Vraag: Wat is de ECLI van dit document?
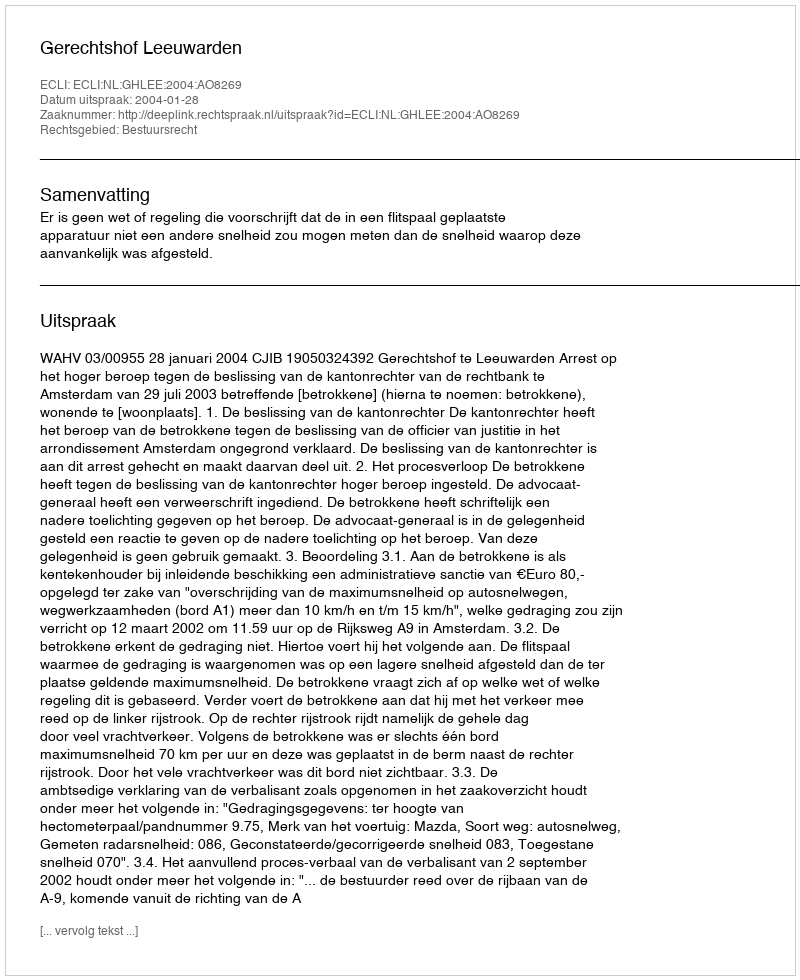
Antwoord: ECLI:NL:GHLEE:2004:AO8269